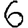
Digit: 6